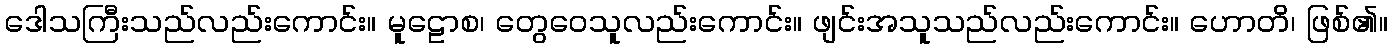
ဒေါသကြီးသည်လည်းကောင်း။ မူဠောစ၊ တွေဝေသူလည်းကောင်း။ ဖျင်းအသူသည်လည်းကောင်း။ ဟောတိ၊ ဖြစ်၏။